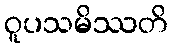
ဝူပသမိဿတိ